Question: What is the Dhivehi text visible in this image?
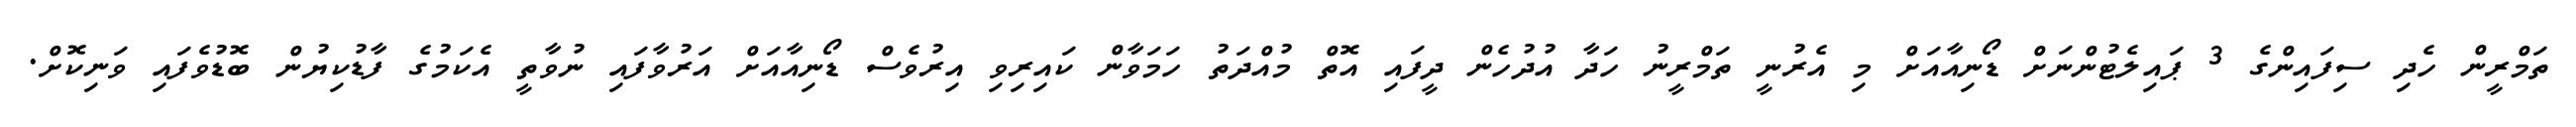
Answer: ތަމްރީން ހެދި ސިފައިންގެ 3 ޕައިލެޓުންނަށް ޑޯނިއާއަށް މި އެރުނީ ތަމްރީނު ހަދާ އުދުހެން ދީފައި އޮތް މުއްދަތު ހަމަވާން ކައިރިވި އިރުވެސް ޑޯނިއާއަށް އަރުވާފައި ނުވާތީ އެކަމުގެ ފާޑުކިޔުން ބޮޑުވެފައި ވަނިކޮށް.